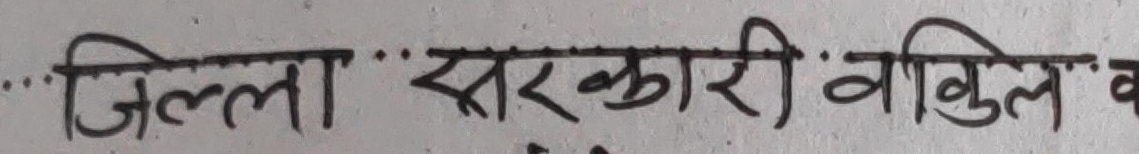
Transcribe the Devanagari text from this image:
... जिल्ला सरकारी वाकिल व